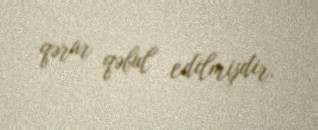
qərar qəbul edilmişdir.